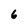
Character: 6